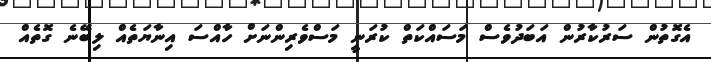
އެގޮތުން ސަރުކާރުން އަބަދުވެސް މަސައްކަތް ކުރަނީ މަސްވެރިންނަށް ހާއްސަ އިނާޔަތެއް ލިބޭނެ ގޮތެއް